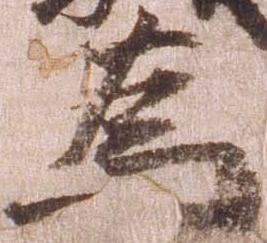
為